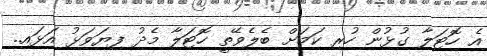
އެ ހޮޓަލާ ގުޅުން ހުރި ކަމަށް ބެލެވޭތީ ހޮޓަލާ މެދު ފިޔަވަޅު އަޅައި..